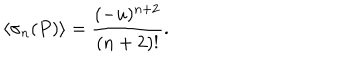
LaTeX: \langle \sigma _ { n } ( P ) \rangle = { \frac { ( - u ) ^ { n + 2 } } { ( n + 2 ) ! } } .